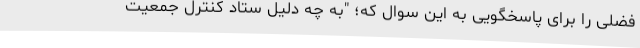
فضلی را برای پاسخگویی به این سوال که؛ "به چه دلیل ستاد کنترل جمعیت